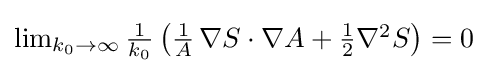
{\textstyle \lim _{k_{0}\to \infty }{\frac {1}{k_{0}}}\left({\frac {1}{A}}\,\nabla S\cdot \nabla A+{\frac {1}{2}}\nabla ^{2}S\right)=0}